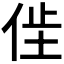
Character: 𫢢